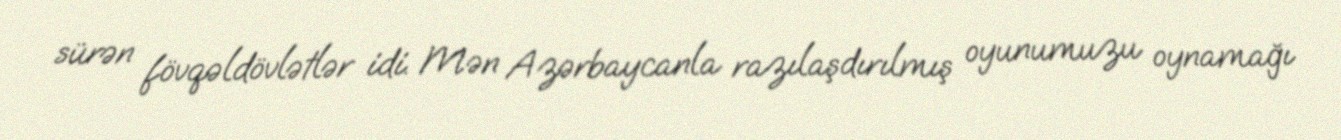
sürən fövqəldövlətlər idi. Mən Azərbaycanla razılaşdırılmış oyunumuzu oynamağı